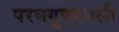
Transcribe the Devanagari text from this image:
परमगुणशाली